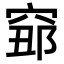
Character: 𥦅